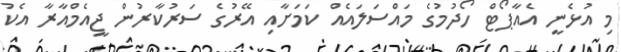
މި އުޅެނީ އެއާޕޯޓް ހޯދުމުގެ މައްސަލައެއް ކަމަށާއި އޭރުގެ ސަރުކާރުން ޖީއެމްއާރާ އެކު